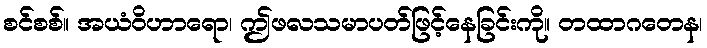
စင်စစ်။ အယံဝိဟာရော၊ ဤဖလသမာပတ်ဖြင့်နေခြင်းကို။ တထာဂတေန၊